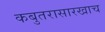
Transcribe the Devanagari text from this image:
कबुतरासारखाच